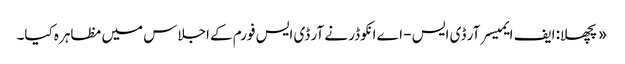
«پچھلا: ایف ایمیسر آر ڈی ایس - اے انکوڈر نے آر ڈی ایس فورم کے اجلاس میں مظاہرہ کیا۔